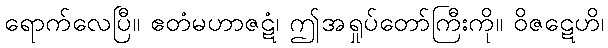
ရောက်လေပြီ။ ဧတံမဟာဇဋံ၊ ဤအရှုပ်တော်ကြီးကို။ ဝိဇဋေဟိ၊